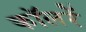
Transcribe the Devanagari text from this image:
कॉलरें